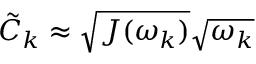
\tilde { C } _ { k } \approx \sqrt { J ( \omega _ { k } ) } \sqrt { \omega _ { k } }